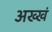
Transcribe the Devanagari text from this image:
अख्खं